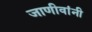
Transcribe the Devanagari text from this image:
जाणीवांनी